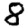
Digit: 8